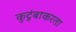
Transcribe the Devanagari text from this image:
कुटुंबाकरता